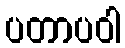
ပတာပဝါ